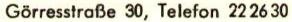
Görresstraße 30, Telefon 22 26 30